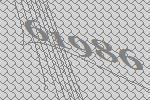
61986